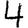
Digit: 4